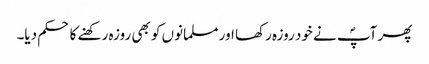
پھر آپؐ نے خود روزہ رکھا اور مسلمانوں کو بھی روزہ رکھنے کا حکم دیا۔